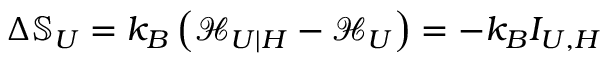
\Delta \mathbb { S } _ { U } = k _ { B } \left( \mathcal { H } _ { U | H } - \mathcal { H } _ { U } \right) = - k _ { B } I _ { U , H }